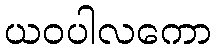
ယဝပါလကော